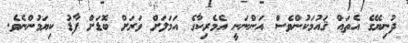
ދުނިޔޭގެ އެތައް ޤައުމަކުންވެސް އަންނަނީ އެމެރިކާގެ އަމަލަށް ވަރަށް ބޮޑަށް ފާޑު ކިޔަމުންނެވެ.